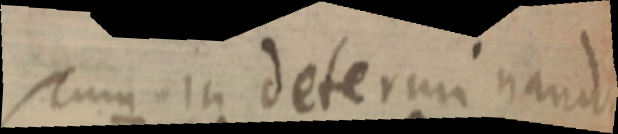
Cum in determinando